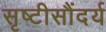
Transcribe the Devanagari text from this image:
सृष्टीसौंदर्य